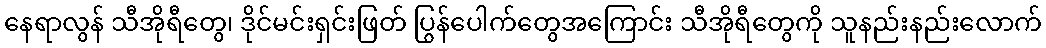
နေရာလွန် သီအိုရီတွေ၊ ဒိုင်မင်းရှင်းဖြတ် ပြွန်ပေါက်တွေအကြောင်း သီအိုရီတွေကို သူနည်းနည်းလောက်